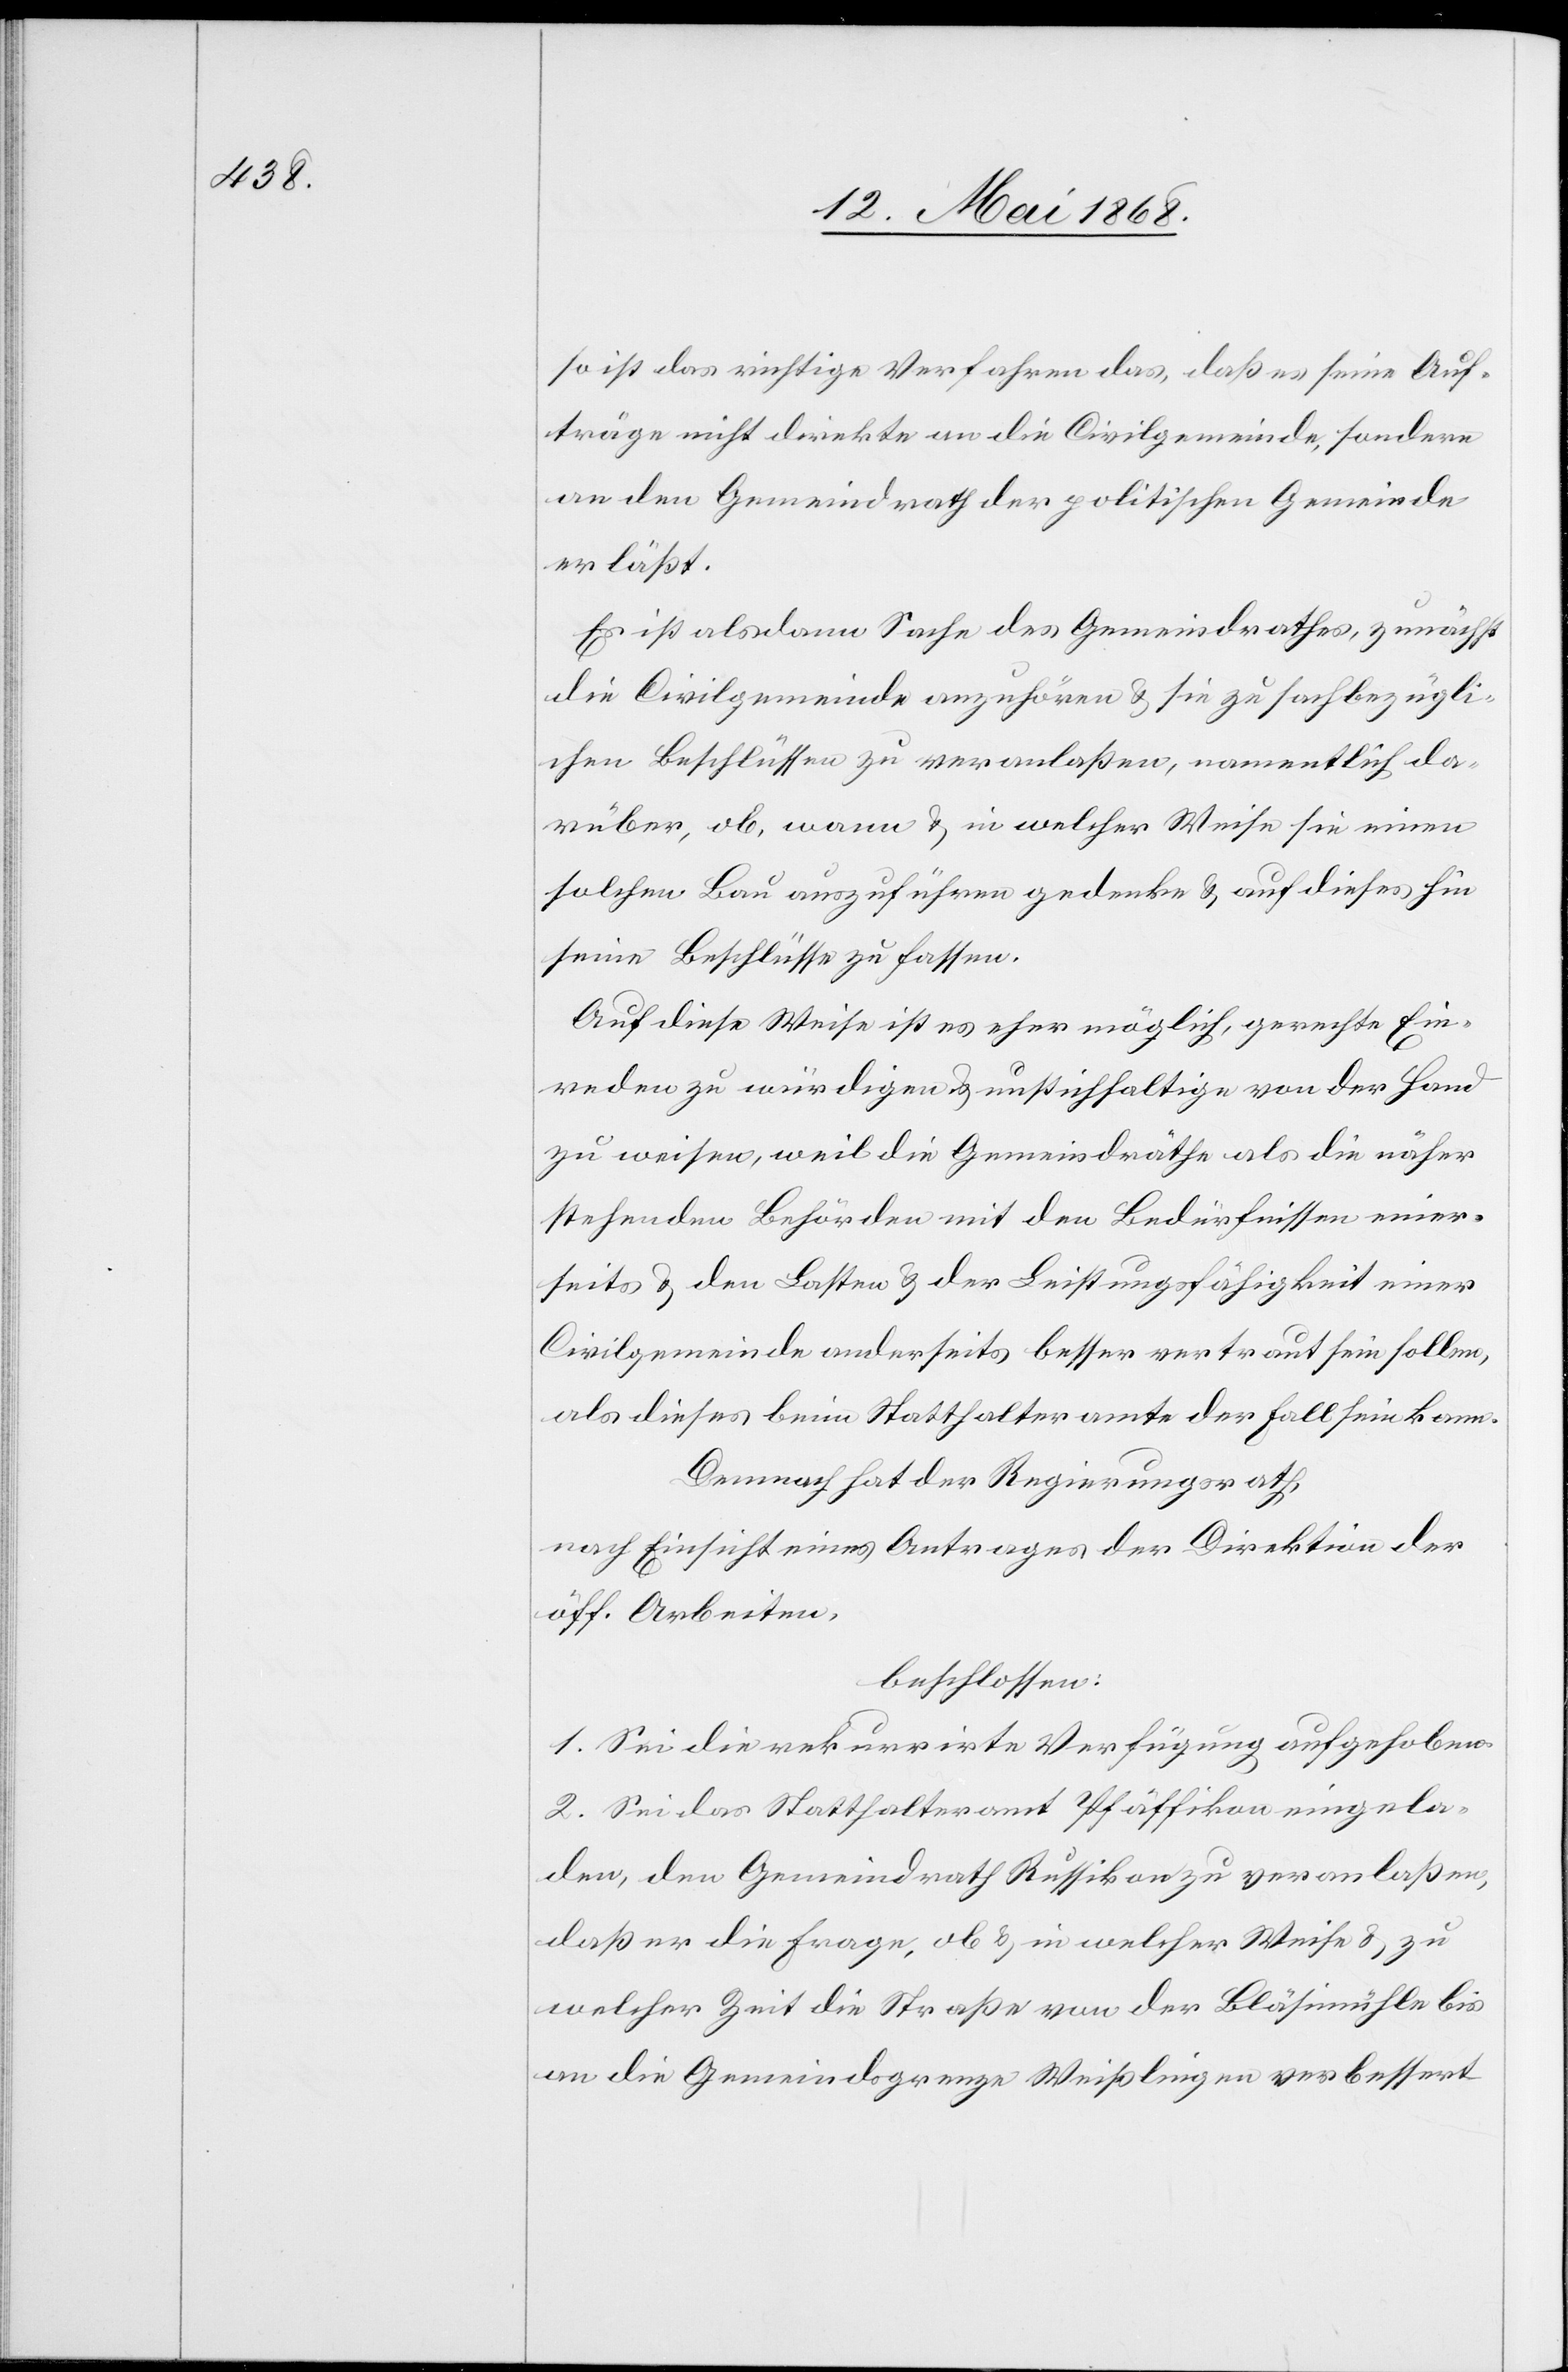
so ist das richtige Verfahren das, daß es seine Auf¬
träge nicht direkte an die Civilgemeinde, sondern
an den Gemeindrath der politischen Gemeinde
erläßt.
Es ist alsdann Sache des Gemeindrathes, zunächst
die Civilgemeinde anzuhören & sie zu sachbezügli¬
chen Beschlüssen zu veranlaßen, namentlich da¬
rüber, ob, wann & in welcher Weise sie einen
solchen Bau auszuführen gedenke & auf dieses hin
seine Beschlüsse zu fassen.
Auf diese Weise ist es eher möglich, gerechte Ein¬
reden zu würdigen & unstichhaltige von der Hand
zu weisen, weil die Gemeindräthe als die näher
stehenden Behörden mit den Bedürfnissen einer¬
seits & den Lasten & der Leistungsfähigkeit einer
Civilgemeinde anderseits besser vertraut sein sollen,
als dieses beim Statthalteramte der Fall sein kann.
Demnach hat der Regierungsrath,
nach Einsicht eines Antrages der Direktion der
öff. Arbeiten,
beschlossen:
1. Sei die rekurrirte Verfügung aufgehoben.
2. Sei das Statthalteramt Pfäffikon eingela¬
den, den Gemeindrath Russikon zu veranlaßen,
daß er die Frage, ob & in welcher Weise & zu
welcher Zeit die Straße von der Bläsimühle bis
an die Gemeindsgrenze Weißlingen verbessert